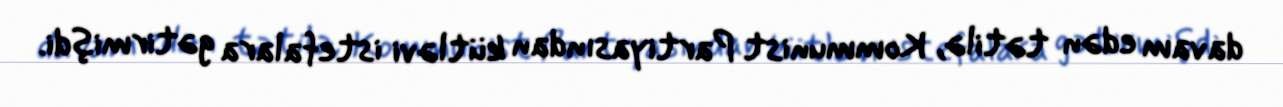
davam edən tətilə, Kommunist Partiyasından kütləvi istefalara gətirmişdi.